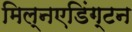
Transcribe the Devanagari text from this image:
मिल्नएडिंग्टन